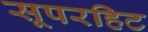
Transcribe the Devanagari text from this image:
सूपरहिट